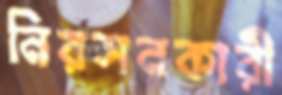
নিরসনকারী